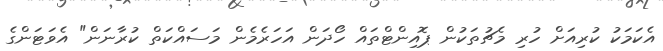
އެކަމަކު ކުރިއަށް ހުރި މެޗުތަކުން ޕޮއިންޓްތައް ހޯދަން އަހަރެމެން މަސައްކަތް ކުރާނަން" އެވަޓަންގެ